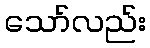
သော်လည်း